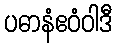
ပဓာနံဧဝံဝါဒီ